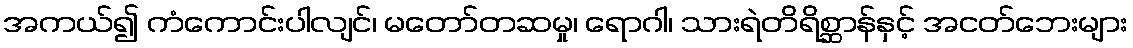
အကယ်၍ ကံကောင်းပါလျင်၊ မတော်တဆမှု၊ ရောဂါ၊ သားရဲတိရိစ္ဆာန်နှင့် အငတ်ဘေးများ